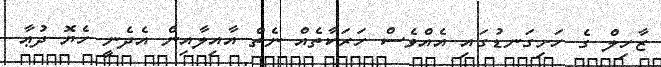
ޒާހިލް ގެ ހަށިގަނޑުގައި އެއްވެސް ހަރަކާތެއް ނެތް އާއިލާއިން އެދެނީ ހެޔޮ ދުޢާ